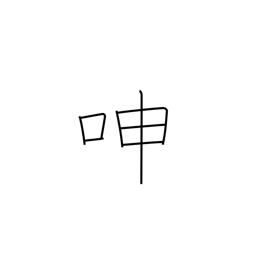
Meaning: groan